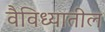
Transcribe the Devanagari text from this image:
वैविध्यातील